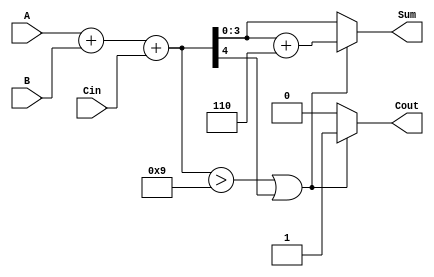
module BCD_Adder (
    input [3:0] A,       // First BCD digit
    input [3:0] B,       // Second BCD digit
    input Cin,           // Carry input
    output reg [3:0] Sum, // BCD result
    output reg Cout      // Carry output
);

    reg [4:0] binary_sum; // 5-bit sum to hold the result of A + B + Cin

    always @(*) begin
        // Perform binary addition
        binary_sum = A + B + Cin;

        // Check for BCD correction
        if (binary_sum > 9 || binary_sum[4]) begin
            // Apply correction by adding 6 (0110 in binary)
            Sum = binary_sum + 5'b00110;
            Cout = 1; // Carry out
        end else begin
            Sum = binary_sum[3:0]; // No correction needed
            Cout = 0; // No carry out
        end
    end

endmodule